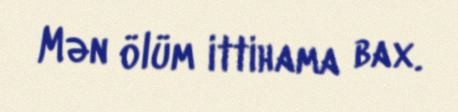
Mən ölüm ittihama bax.